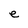
Character: e